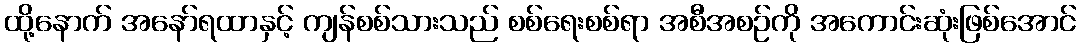
ထို့နောက် အနော်ရထာနှင့် ကျန်စစ်သားသည် စစ်ရေးစစ်ရာ အစီအစဉ်ကို အကောင်းဆုံးဖြစ်အောင်